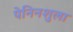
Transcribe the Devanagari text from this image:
पेनिनशुला